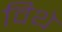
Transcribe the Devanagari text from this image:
विथे